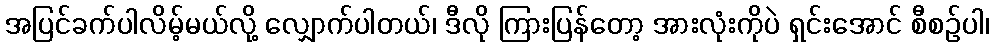
အပြင်ခက်ပါလိမ့်မယ်လို့ လျှောက်ပါတယ်၊ ဒီလို ကြားပြန်တော့ အားလုံးကိုပဲ ရှင်းအောင် စီစဉ်ပါ၊